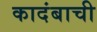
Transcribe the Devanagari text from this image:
कादंबाची